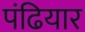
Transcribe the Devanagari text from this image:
पंढियार